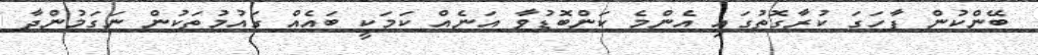
ބޭންކުން ފާހަގަ ކުރާގޮތުގައި އެންމެ ކަންބޮޑުވާ އަނެއް ކަމަކީ ބައެއް ގައުމުތަކުން ނަގަމުންދާ